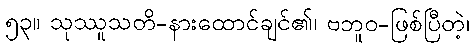
၅၃။ သုဿူသတိ-နားထောင်ချင်၏၊ ဗဘူဝ-ဖြစ်ပြီတဲ့၊